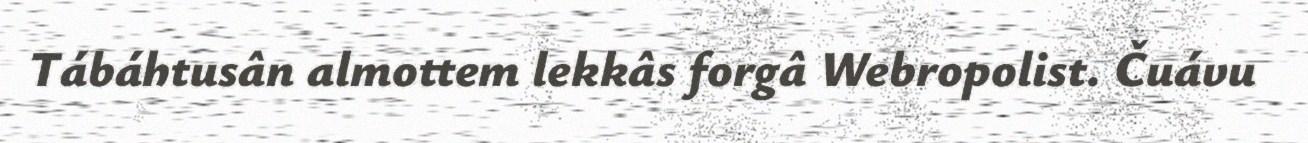
Tábáhtusân almottem lekkâs forgâ Webropolist. Čuávu